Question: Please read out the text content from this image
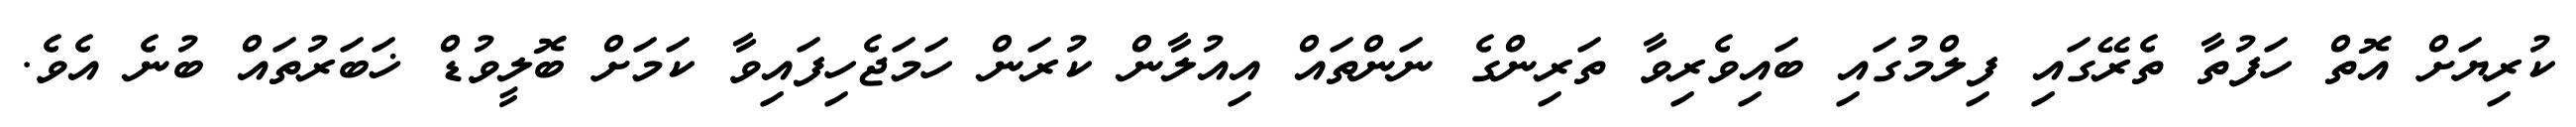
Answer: ކުރިޔަށް އޮތް ހަފުތާ ތެރޭގައި ފިލްމުގައި ބައިވެރިވާ ތަރިންގެ ނަންތައް އިއުލާން ކުރަން ހަމަޖެހިފައިވާ ކަމަށް ބޮލީވުޑް ޚަބަރުތައް ބުނެ އެވެ.